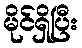
မိုင်ရှိပြီး